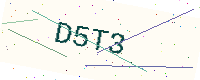
Text: D5T3